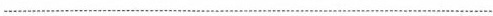
___